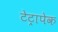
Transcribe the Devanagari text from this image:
टेट्रापेक